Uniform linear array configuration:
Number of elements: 16
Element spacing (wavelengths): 0.5
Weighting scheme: uniform
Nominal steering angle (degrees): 30
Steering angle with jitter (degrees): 31.307
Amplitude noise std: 0.05
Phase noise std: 0.05

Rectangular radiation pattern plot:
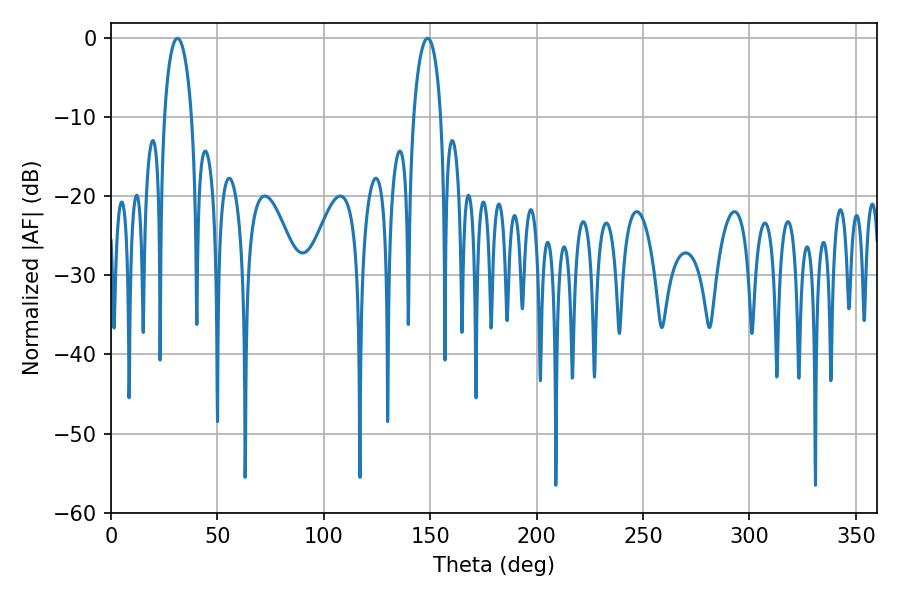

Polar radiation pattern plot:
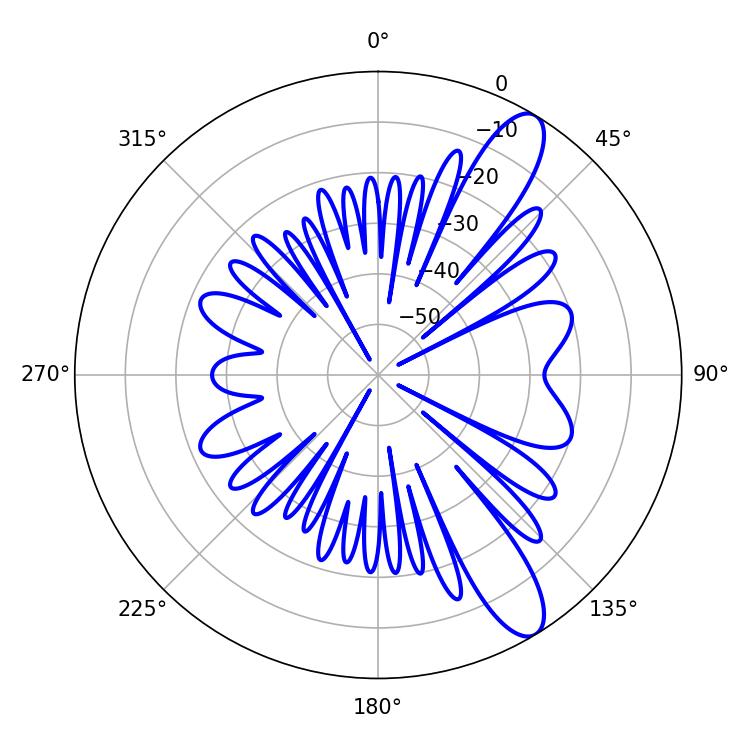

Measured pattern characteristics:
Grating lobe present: FALSE
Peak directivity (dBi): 11.247
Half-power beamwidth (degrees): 7.38
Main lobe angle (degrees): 31.14